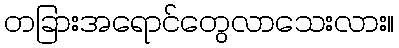
တခြားအရောင်တွေလာသေးလား။